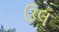
ઉલ